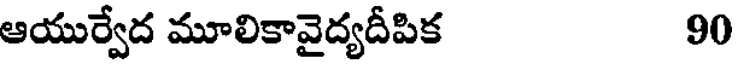
ఆయుర్వేద మూలికావైద్యదీపిక 90